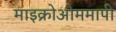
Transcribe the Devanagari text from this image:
माइक्रोओममापी